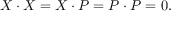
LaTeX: X \cdot X = X \cdot P = P \cdot P = 0 .